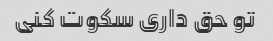
تو حق داری سکوت کنی